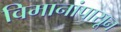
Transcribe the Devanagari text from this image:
विमानांपासून